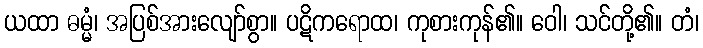
ယထာ ဓမ္မံ၊ အပြစ်အားလျော်စွာ။ ပဋိကရောထ၊ ကုစားကုန်၏။ ဝေါ၊ သင်တို့၏။ တံ၊